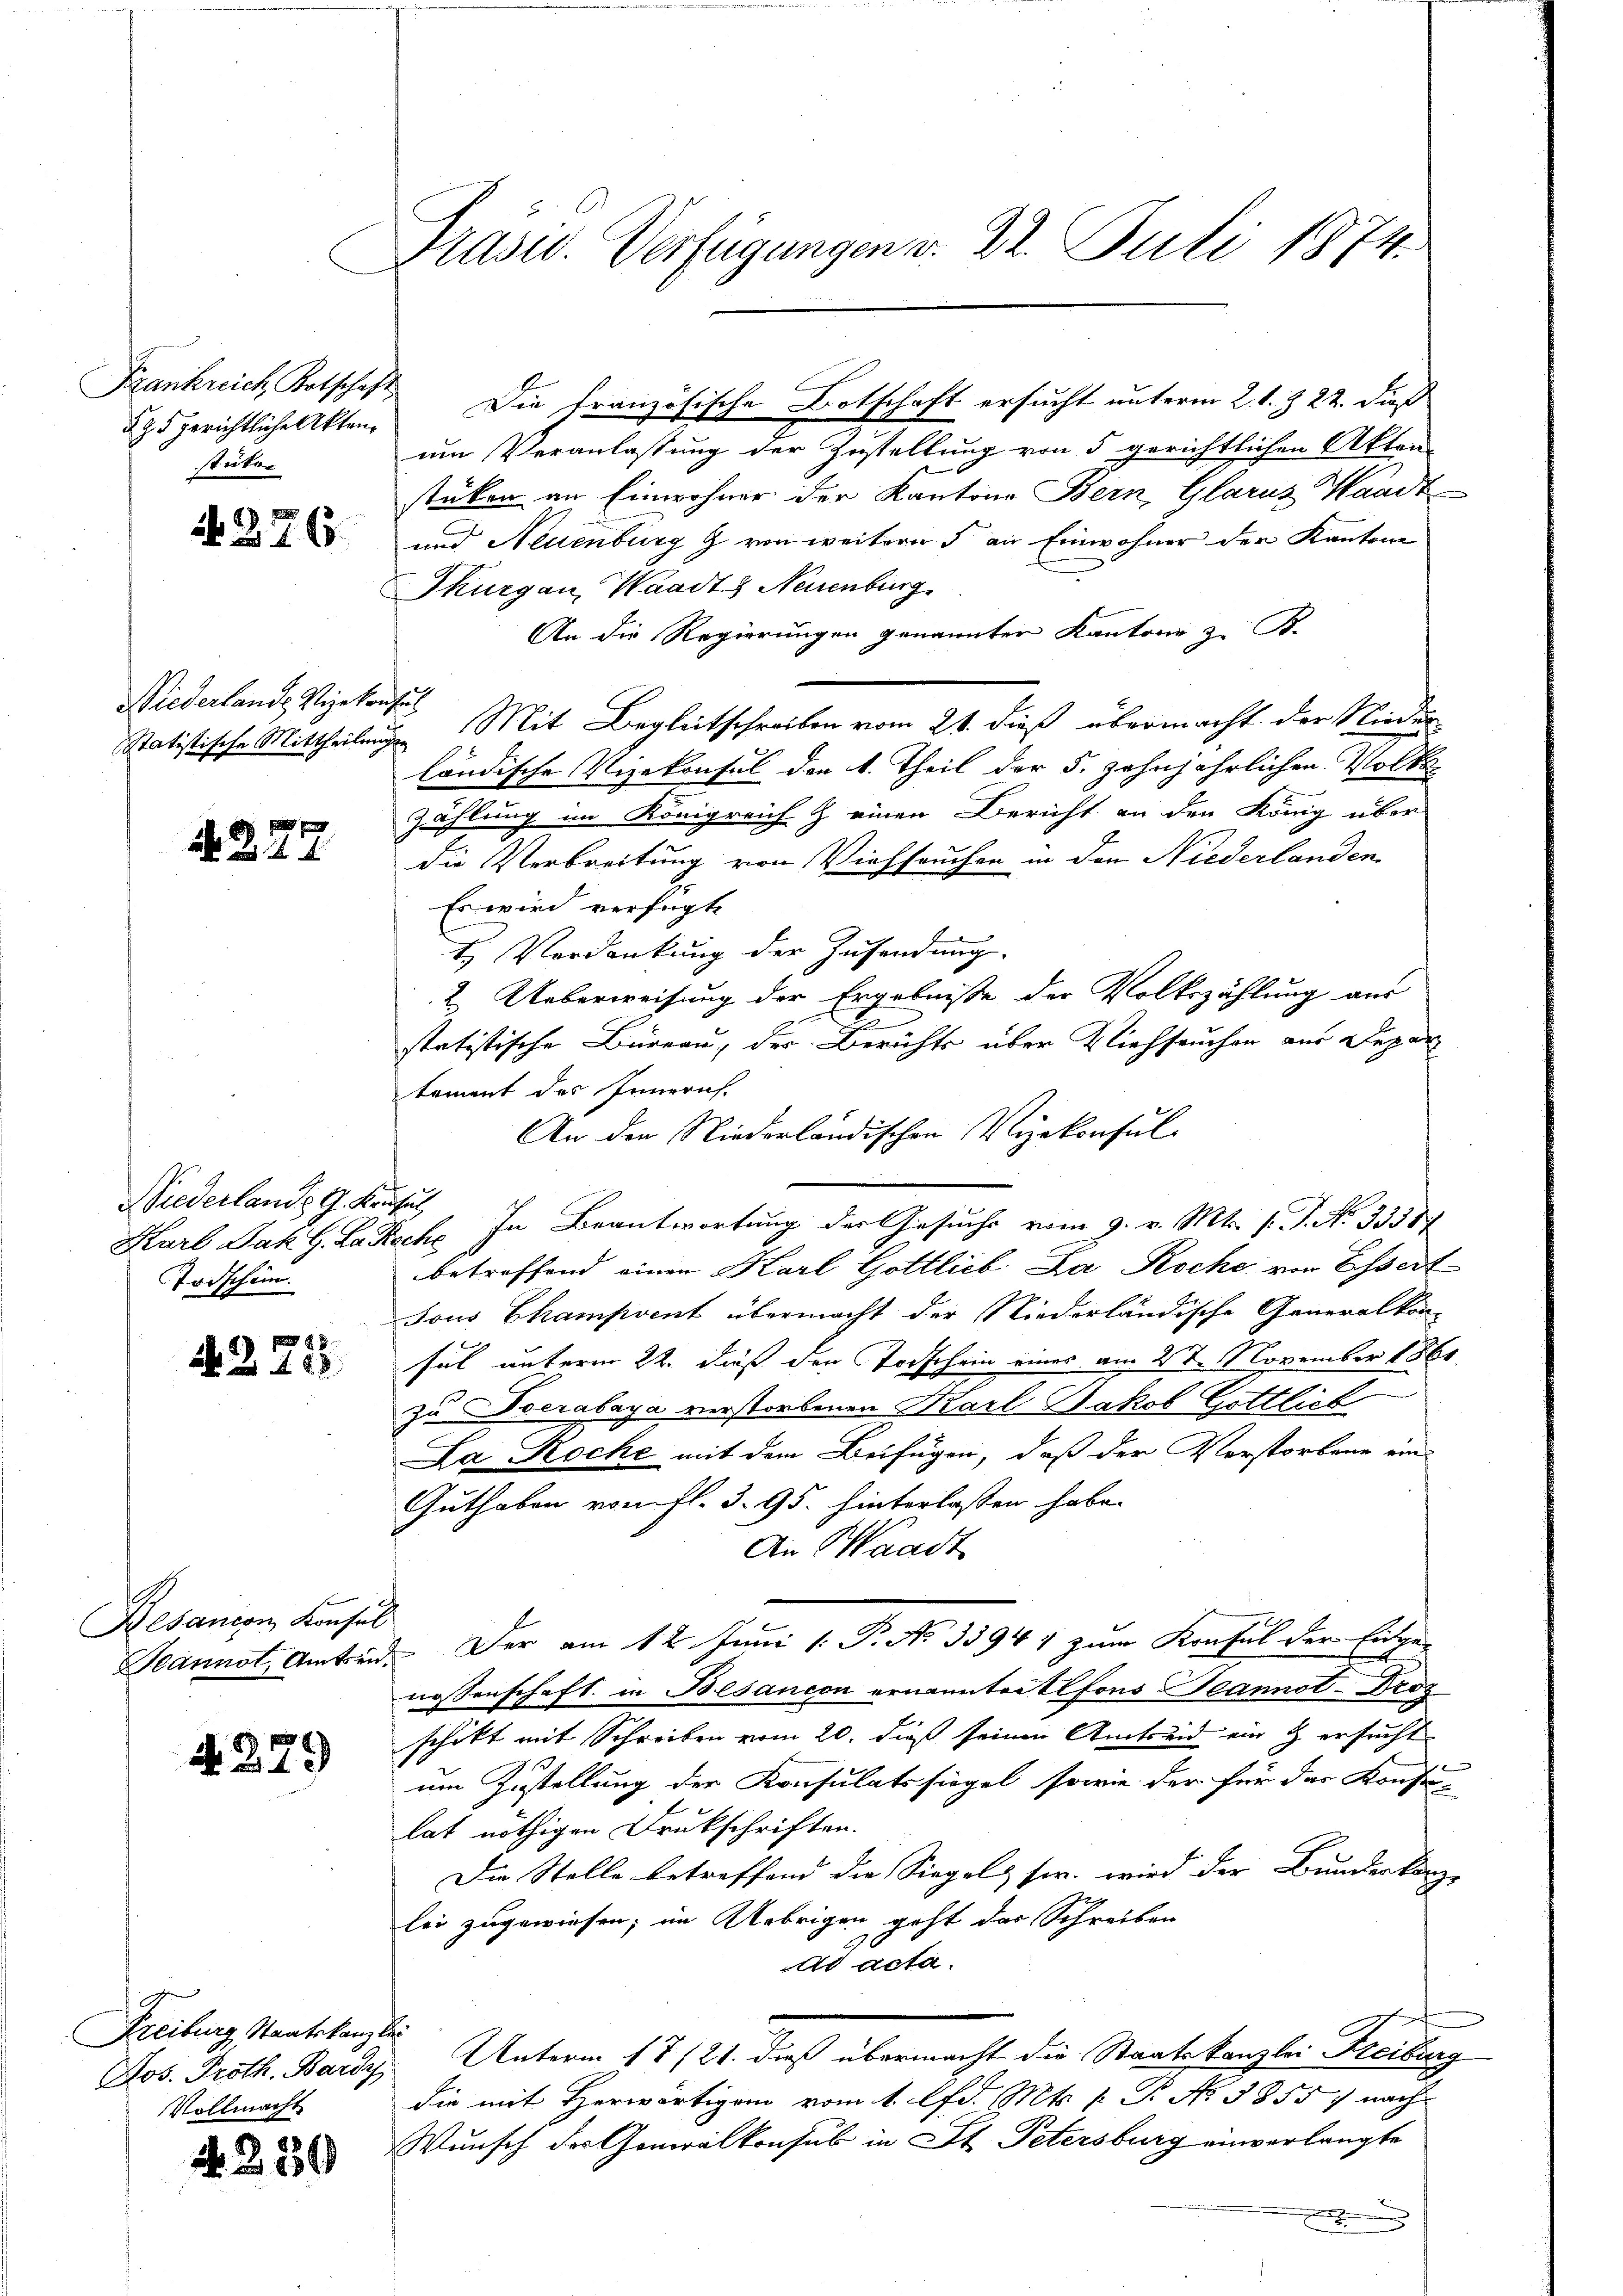
Frankreich Kotschaft
§ 95 gerichtliche Aktenstücker

N. 276.

Niederlands Vizekons
Statistische Mittheilungs

A. 227.

Niederlande G. Kon
Karl Jak. G. Lau
Todschein.

8
N. Z. 188

Besancon Konsul
Sannst, Amtseid.

N. 329

Freiburg Staatskanzle
Jos. Proth. Bardy
Vollmacht

4330

Präsid. Verfügungen v. 22. Juli 1874.

s

l

um Veranlassung der Zustellung von 5 gerichtlichen Akten-
stücken an Einwohner der Kantons Bern, Glarus Waadt
und Neuenburg g von weitern 5 an Einwohner der Kantone
Thurgau, Waadt, Neuenburg
An die Regierungen genannten Kantone z. B.
2. Mit Begleitschreiben vom 21. dieß übermacht der Nieder
ländische Vizekonsul den 1. Theil der 5. zehnjährlichen Volke
zählung im Königreich & einen Bericht an den König über
die Verbreitung von Viehseuchen in den Niederlanden
Es wird verfügte
t Verdankung der Zusendung.
2. Ueberweisung der Ergebniße der Volkszählung aus
2
statistische Büreau, der Berichts über Viehseuchen aus Depar
tement des Innern
An den Niederländischen Vizekonsul-
u
ch. In Beantwortung der Gesuchs vom 9. v. Mts. s. S. Nr. 33387
betreffend einen Karl Gottlieb Da Roche von Essert
sous Champvent übermacht der Niederländische Generalkon-
fel unterm 22. dieß den Todschein eines am 27. November 1860
zu Socrabaya verstorbenen Karl Jakob Gottlich
La Roche mit dem Beifügen, daß der Vorstorbene ein
Guthaben von fl. 3. 95. hinterlassen habe.
An Waadt
Der am 12. Juni 1 P. No 33947 zum Konsul der Eidge-
nossenschaft in Besancon ernannter Alfons Teannot-Proz
schikt mit Schreiben vom 20. dieß seinen Amtseid ein & ersucht
um Zustellung der Konsulatssiegel, sowie der für der Konsu-
lat nöthigen Drukschriften.
Die Stelle betreffend die Siegel sie wird der Bunderkanz
lei zugewiesen; im Uebrigen geht das Schreiben
ad acta.
Unterm 17./21. dieß übermacht die Staatskanzlei Freiburg
die mit Herwärtigen vom 1. lfd. Mts. f. P. Nr. 1855 nach
Wunsch der Generalkonsul in St. Petersburg einverlangte
.

Die französische Botschaft ersucht unterm 2. 1. & 22. dieß